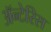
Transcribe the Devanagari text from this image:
अॅन्टेरिस